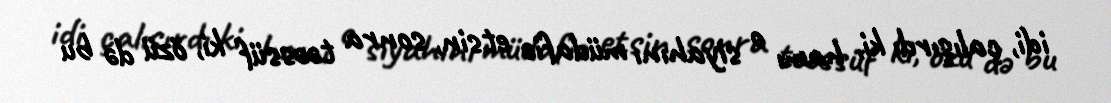
idi, çalışırdı ki, hamı o siyahını müdafiə etsin, sonra təəssüf ki, özü də bu